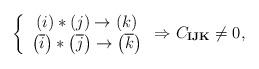
LaTeX: \begin{align*}\left\{ \begin{array}{c}\left( i\right) \ast \left( j\right) \rightarrow \left( k\right) \\ \left( \overline{i}\right) \ast \left( \overline{j}\right) \rightarrow\left( \overline{k}\right)\end{array}\right. \Rightarrow C_{\mathbf{IJK}}\neq 0,\end{align*}